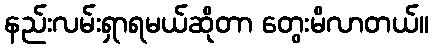
နည်းလမ်းရှာရမယ်ဆိုတာ တွေးမိလာတယ်။